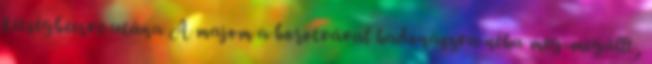
kétségbeesve utána A majom a borotvával hadonászva néha meg-megállt,